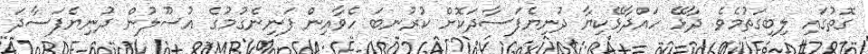
ގޮތުގައި ލިބިގަތުމެވެ. ދާޅޭ ހައްދާޅޭކިޔާ ދުނިޔެފަސާދަކޮށް ކުރުނބަ ހެވާއިން ފަނިނެގުމުގެ އުސޫލުން ދުނިޔެފަސާދަ